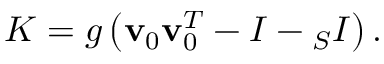
K = g \left( { \bf v } _ { 0 } { \bf v } _ { 0 } ^ { T } - I - { } _ { S } I \right) .